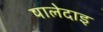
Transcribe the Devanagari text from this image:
पालेदाइ